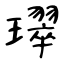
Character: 璻